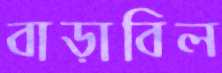
বাড়াবিল